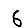
Digit: 6